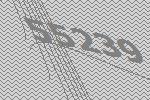
55239